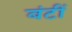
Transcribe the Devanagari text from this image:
बंटीं